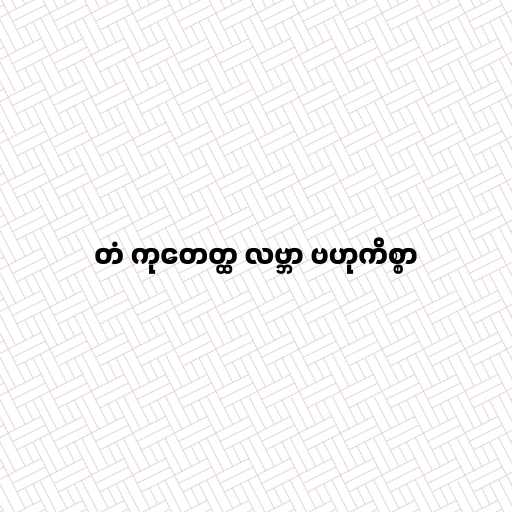
တံ ကုတေတ္ထ လဗ္ဘာ ဗဟုကိစ္စာ